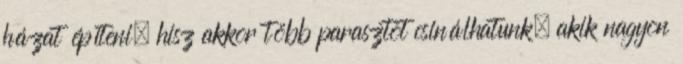
házat építeni, hisz akkor több parasztot csinálhatunk, akik nagyon